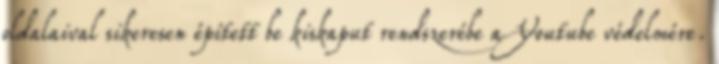
oldalaival sikeresen épített be kiskaput rendszerébe a Youtube védelmére.